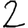
Digit: 2